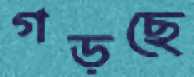
গড়ছে